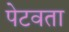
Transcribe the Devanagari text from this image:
पेटवता